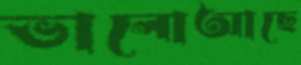
ভালোআছে